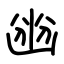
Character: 㟗